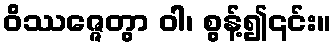
ဝိဿဇ္ဇေတွာ ဝါ၊ စွန့်၍၎င်း။